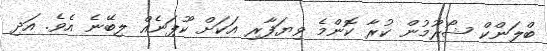
ބްލަންކް ޝޯރޫމުން ކުރާ ކޮންމެ ވިޔަފާރި އަކަށް ކޫޕަނެއް ލިބޭނެ އެވެ. އަދި